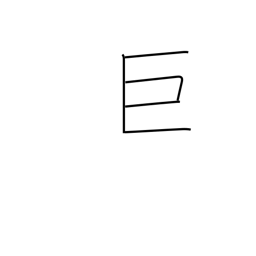
Meaning: large